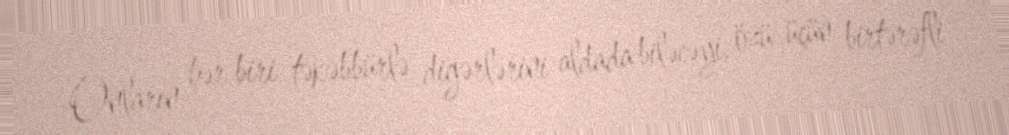
Onların hər biri təkəbbürlə digərlərini aldada biləcəyi, özü üçün birtərəfli